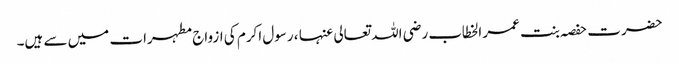
حضرت حفصہ بنت عمر الخطاب رضی اللہ تعالی عنہا ، رسول اکرم کی ازواج مطہرات میں سے ہیں۔